Annual vaccination report of Bihar and Orissa - 1911-1928
Year: 1911
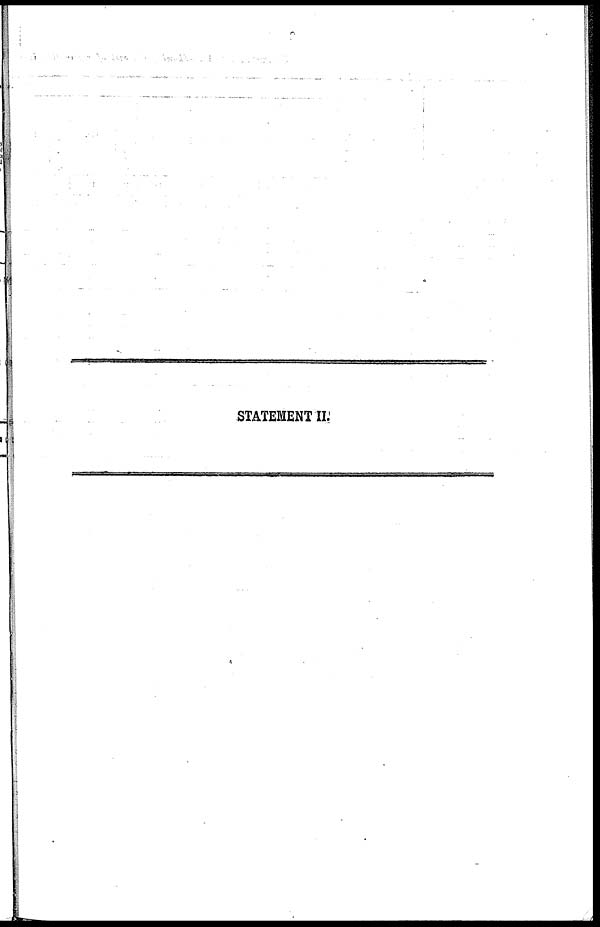
STATEMENT II.